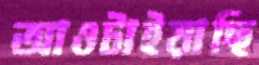
আওটাইয়াছি